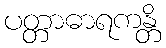
ပတ္တာဓာရကန္တိ